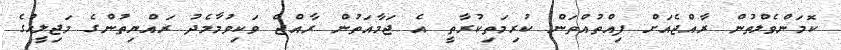
ކޮމަންވެލްތުން ރާއްޖެއަށް ފިއްތުއްތަން ކުރިމަތިކުރާތީ އެ ޖަމާއަތުން ރާއްޖެ ވަކިވުމާމެދު ރައްޔިތުންގެ މަޖިލީހުގެ